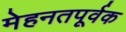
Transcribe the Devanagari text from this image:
मेहनतपूर्वक